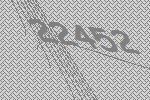
22452